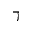
\daleth